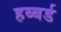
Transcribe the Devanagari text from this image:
हब्बर्ड